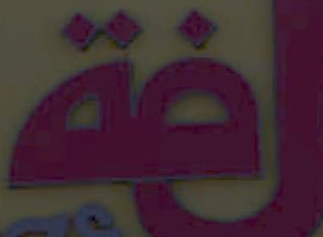
لفقـ